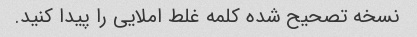
نسخه تصحیح شده کلمه غلط املایی را پیدا کنید.